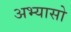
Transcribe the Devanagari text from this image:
अभ्यासो